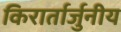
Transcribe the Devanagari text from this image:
किरार्तार्जुनीय